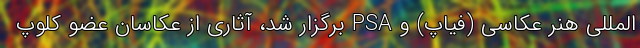
المللی هنر عکاسی (فیاپ) و PSA برگزار شد، آثاری از عکاسان عضو کلوپ